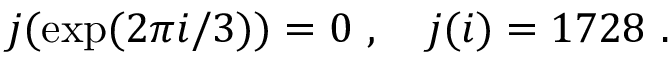
j ( \exp ( 2 \pi i / 3 ) ) = 0 \ , \quad j ( i ) = 1 7 2 8 \ .